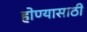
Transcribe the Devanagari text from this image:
होण्‍यासाठी